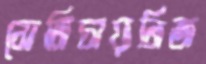
সেমিচায়নিজ